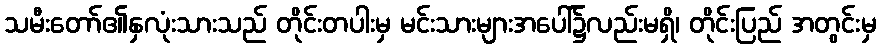
သမီးတော်၏နှလုံးသားသည် တိုင်းတပါးမှ မင်းသားများအပေါ်၌လည်းမရှိ၊ တိုင်းပြည် အတွင်းမှ